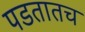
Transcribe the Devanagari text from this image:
पडतातच